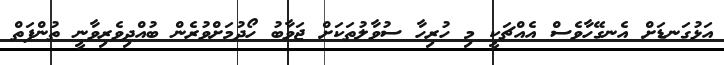
އަޅުގަނޑަށް އެނގޭހާވެސް އެއްޗަކީ މި ހުރިހާ ސުވާލުތަކަށް ޖަވާބު ހޯދުމަށްވުރެން ބުއްދިވެރިވާނީ ތުންފަތް